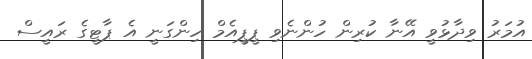
އުމަރު ވިދާޅުވީ އޭނާ ކުރިން ހުންނެވި ޕީޕީއެމް ހިންގަނީ އެ ޕާޓީގެ ރައީސް